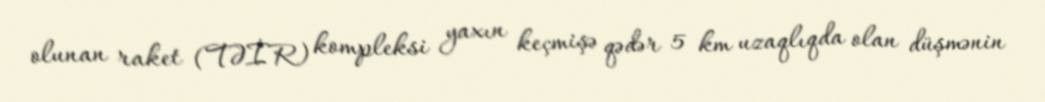
olunan raket (TƏİR) kompleksi yaxın keçmişə qədər 5 km uzaqlıqda olan düşmənin